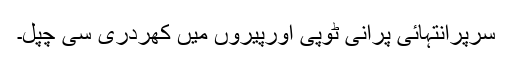
سرپرانتہائی پرانی ٹوپی اورپیروں میں کھردری سی چپل۔